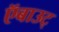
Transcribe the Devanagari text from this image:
ऍबाउट्